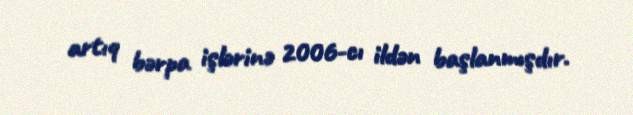
artıq bərpa işlərinə 2006-cı ildən başlanmışdır.